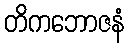
တိကဘောဇနံ